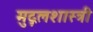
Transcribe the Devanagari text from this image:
मुद्गलशास्त्री